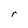
Character: r